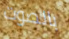
بالصوت